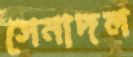
সেনাদল